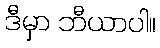
ဒီမှာ ဘီယာပါ။